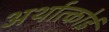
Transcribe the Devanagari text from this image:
अर्थात्कोई